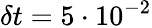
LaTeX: \delta t=5\cdot 10^{-2}